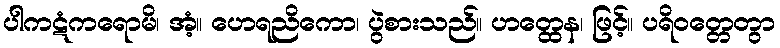
ပါကဋံကရောမိ၊ အံ့။ ဟေရညိကော၊ ပွဲစားသည်။ ဟတ္ထေန၊ ဖြင့်။ ပရိဝတ္တေတွာ